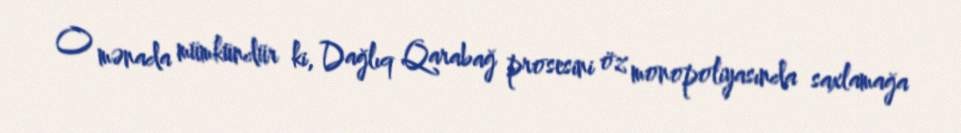
O mənada mümkündür ki, Dağlıq Qarabağ prosesini öz monopoliyasında saxlamağa